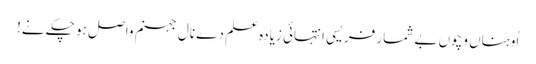
اُوہناں وِچوں بے شمار فریسی انتہائی زیادہ علم دے نال جہنم واصل ہو چکے نے!